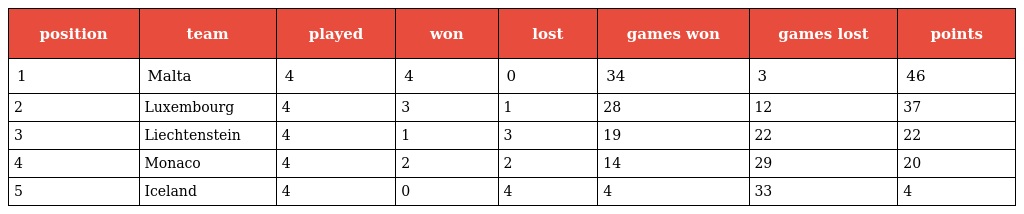
| position | team | played | won | lost | games won | games lost | points |
 | --- | --- | --- | --- | --- | --- | --- | --- |
 | 1 | Malta | 4 | 4 | 0 | 34 | 3 | 46 |
 | 2 | Luxembourg | 4 | 3 | 1 | 28 | 12 | 37 |
 | 3 | Liechtenstein | 4 | 1 | 3 | 19 | 22 | 22 |
 | 4 | Monaco | 4 | 2 | 2 | 14 | 29 | 20 |
 | 5 | Iceland | 4 | 0 | 4 | 4 | 33 | 4 |